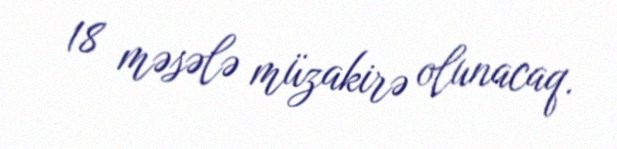
18 məsələ müzakirə olunacaq.